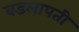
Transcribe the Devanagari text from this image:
वडलापती